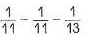
\frac { 1 } { 1 1 } - \frac { 1 } { 1 1 } - \frac { 1 } { 1 3 }$$